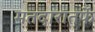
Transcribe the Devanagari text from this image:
मतदारातर्फे